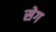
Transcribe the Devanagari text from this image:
सेग